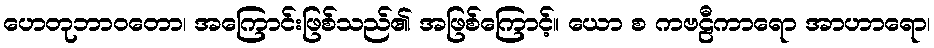
ဟေတုဘာဝတော၊ အကြောင်းဖြစ်သည်၏ အဖြစ်ကြောင့်။ ယော စ ကဗဠီကာရော အာဟာရော၊